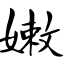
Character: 嫩